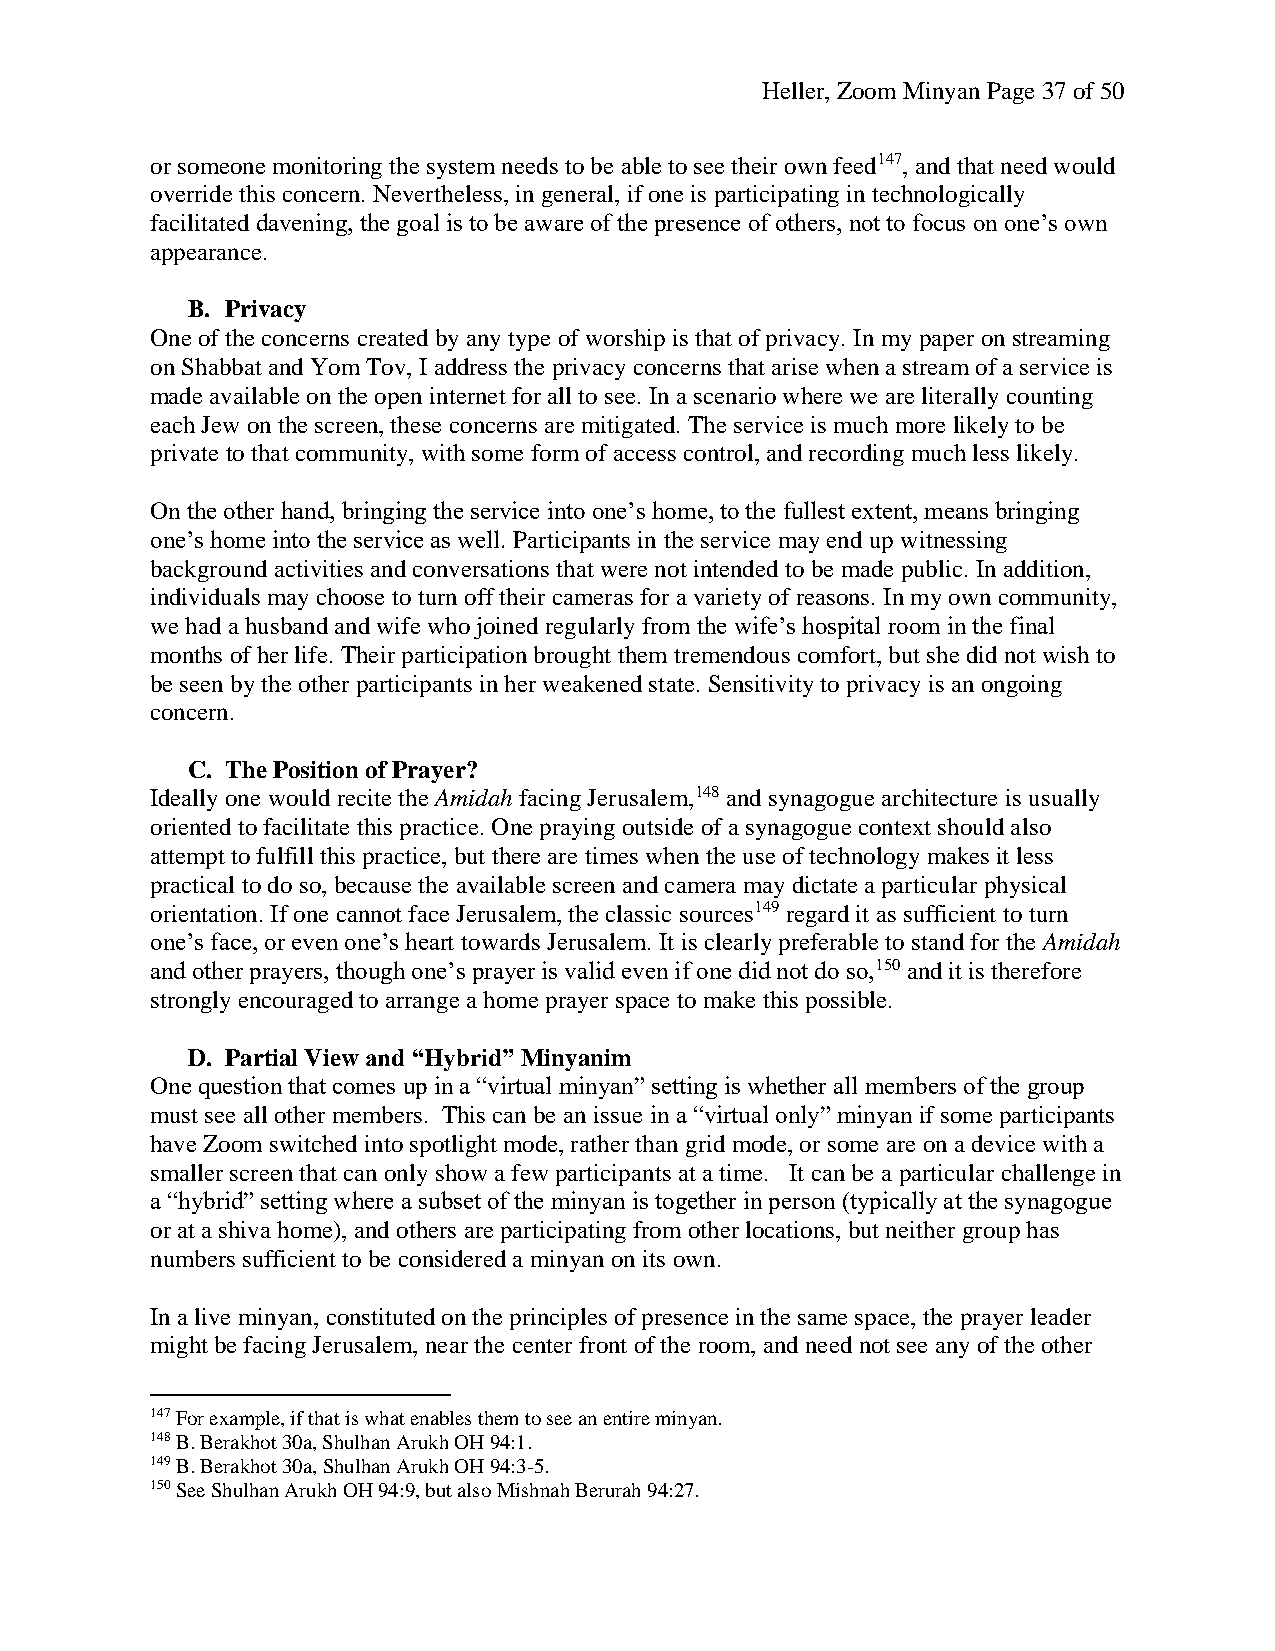
Heller, Zoom Minyan Page 37 of 50
 or someone monitoring the system needs to be able to see their own feed147, and that need would
 override this concern. Nevertheless, in general, if one is participating in technologically
 facilitated davening, the goal is to be aware of the presence of others, not to focus on one’s own
 appearance.
 B. Privacy
 One of the concerns created by any type of worship is that of privacy. In my paper on streaming
 on Shabbat and Yom Tov, I address the privacy concerns that arise when a stream of a service is
 made available on the open internet for all to see. In a scenario where we are literally counting
 each Jew on the screen, these concerns are mitigated. The service is much more likely to be
 private to that community, with some form of access control, and recording much less likely.
 On the other hand, bringing the service into one’s home, to the fullest extent, means bringing
 one’s home into the service as well. Participants in the service may end up witnessing
 background activities and conversations that were not intended to be made public. In addition,
 individuals may choose to turn off their cameras for a variety of reasons. In my own community,
 we had a husband and wife who joined regularly from the wife’s hospital room in the final
 months of her life. Their participation brought them tremendous comfort, but she did not wish to
 be seen by the other participants in her weakened state. Sensitivity to privacy is an ongoing
 concern.
 C. The Position of Prayer?
 Ideally one would recite the Amidah facing Jerusalem,148 and synagogue architecture is usually
 oriented to facilitate this practice. One praying outside of a synagogue context should also
 attempt to fulfill this practice, but there are times when the use of technology makes it less
 practical to do so, because the available screen and camera may dictate a particular physical
 orientation. If one cannot face Jerusalem, the classic sources149 regard it as sufficient to turn
 one’s face, or even one’s heart towards Jerusalem. It is clearly preferable to stand for the Amidah
 and other prayers, though one’s prayer is valid even if one did not do so,150 and it is therefore
 strongly encouraged to arrange a home prayer space to make this possible.
 D. Partial View and “Hybrid” Minyanim
 One question that comes up in a “virtual minyan” setting is whether all members of the group
 must see all other members. This can be an issue in a “virtual only” minyan if some participants
 have Zoom switched into spotlight mode, rather than grid mode, or some are on a device with a
 smaller screen that can only show a few participants at a time. It can be a particular challenge in
 a “hybrid” setting where a subset of the minyan is together in person (typically at the synagogue
 or at a shiva home), and others are participating from other locations, but neither group has
 numbers sufficient to be considered a minyan on its own.
 In a live minyan, constituted on the principles of presence in the same space, the prayer leader
 might be facing Jerusalem, near the center front of the room, and need not see any of the other
 147 For example, if that is what enables them to see an entire minyan.
 148 B. Berakhot 30a, Shulhan Arukh OH 94:1.
 149 B. Berakhot 30a, Shulhan Arukh OH 94:3-5.
 150 See Shulhan Arukh OH 94:9, but also Mishnah Berurah 94:27.